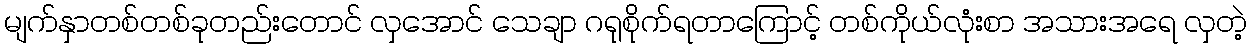
မျက်နှာတစ်တစ်ခုတည်းတောင် လှအောင် သေချာ ဂရုစိုက်ရတာကြောင့် တစ်ကိုယ်လုံးစာ အသားအရေ လှတဲ့